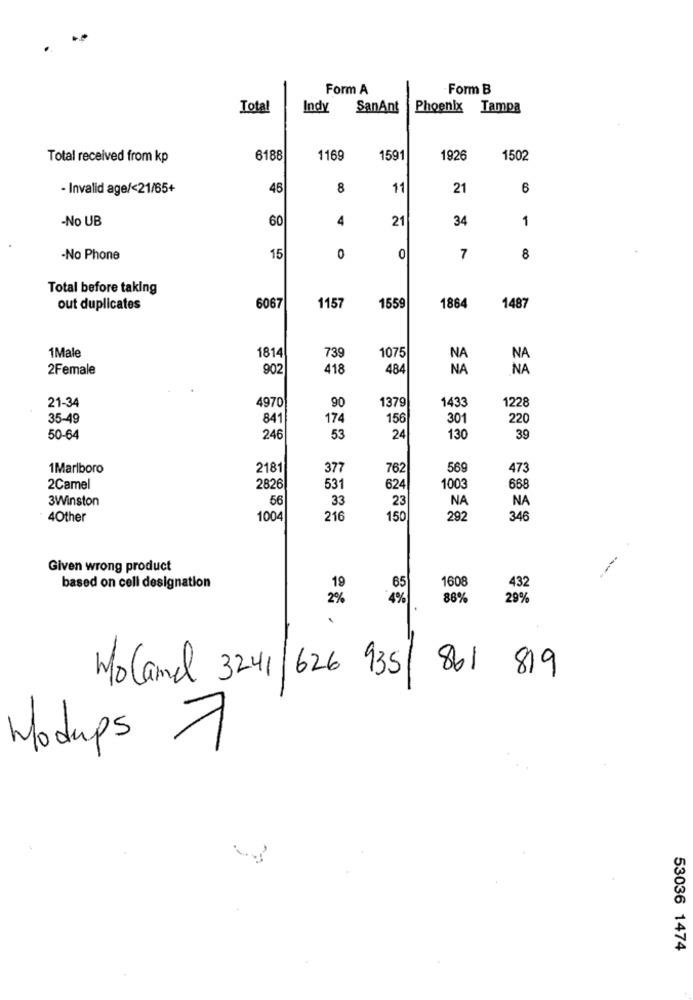
Form A
Form B
Total
Indy
SanAnt
Phoenix Tampa
Total received from kp
6188
1169
1591
1926
1502
- Invalid age/<21/65+
46
8
11
21
6
-No UB
60
4
21
34
1
-No Phone
15
0
0
7
8
Total before taking
out duplicates
6067
1157
1559
1864
1487
1Male
1814
739
1075
NA
2Female
902
418
484
NA
1379
1433
21-34
4970
90
1228
35-49
841
174
156
301
220
50-64
246
53
24
130
39
1Marlboro
2181
377
762
569
473
2Camel
2826
531
624
1003
66
3Winston
56
33
23
NA
NA
4Other
1004
216
150
292
346
Given wrong product
1608
based on cell designation
19
65
432
2%
4%
88%
29%
.
MoCamel 3241/626 935/ 861 819
Modups 7
53036 1474